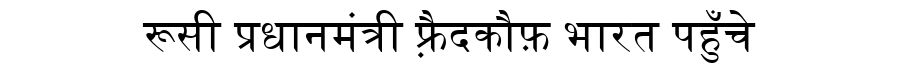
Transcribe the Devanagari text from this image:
रूसी प्रधानमंत्री फ़्रैदकौफ़ भारत पहुँचे